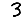
Digit: 3